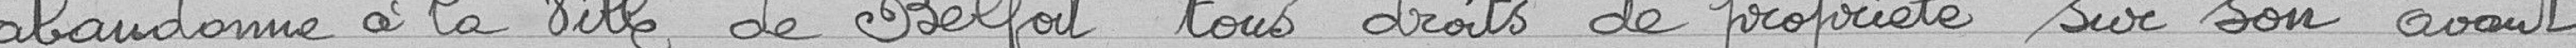
abandonne à la ville de Belfort tous droits de propriété sur son avant-